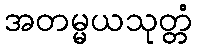
အတမ္မယသုတ္တံ